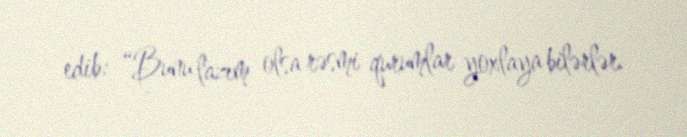
edib: “Bunu lazım olsa rəsmi qurumlar yoxlaya bilərlər.